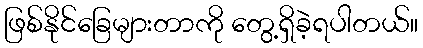
ဖြစ်နိုင်ခြေများတာကို တွေ့ရှိခဲ့ရပါတယ်။